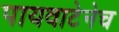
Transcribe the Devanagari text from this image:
पायवाटेनेच